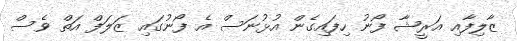
ޒާލިފާއި އަރީޝާ ފޯނު ހިފައިގެން އުޅުނަސް އެ ފޯނުގައި ޒަލަފް އަތް ވެސް